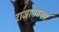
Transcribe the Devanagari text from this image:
राजारामनगर